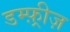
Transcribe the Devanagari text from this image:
डम्फ़्रीज़